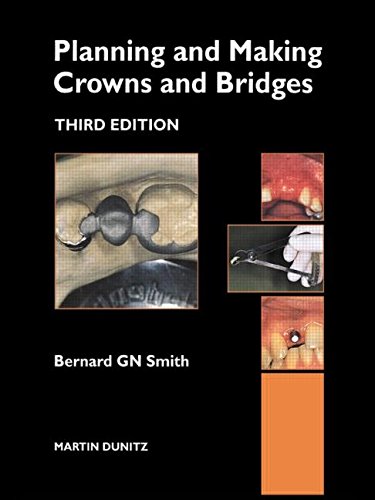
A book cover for Planning and Making Crowns and Bridges; Bernard GN Smith; Medical Books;